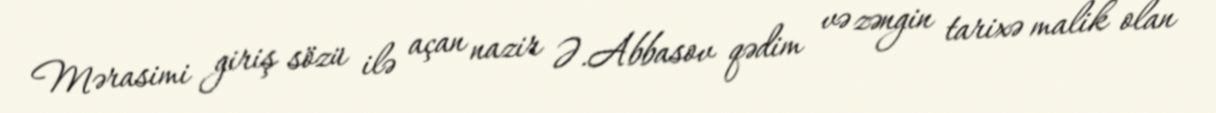
Mərasimi giriş sözü ilə açan nazir Ə.Abbasov qədim və zəngin tarixə malik olan